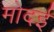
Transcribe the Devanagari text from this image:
मोदई